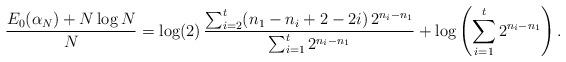
LaTeX: \begin{align*}\frac{E_{0}(\alpha_{N})+N\log N}{N}=\log(2)\,\frac{\sum_{i=2}^{t}(n_{1}-n_{i}+2-2i)\,2^{n_{i}-n_{1}}}{\sum_{i=1}^{t}2^{n_{i}-n_{1}}}+\log\left(\sum_{i=1}^{t}2^{n_{i}-n_{1}}\right).\end{align*}